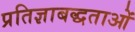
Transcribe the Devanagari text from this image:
प्रतिज्ञाबद्धताओं